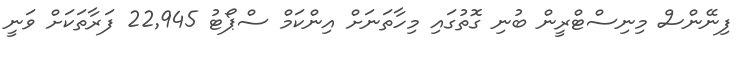
ފިނޭންސް މިނިސްޓްރީން ބުނި ގޮތުގައި މިހާތަނަށް އިންކަމް ސްޕޯޓު 22